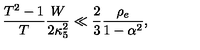
\frac { T ^ { 2 } - 1 } { T } \frac { W } { 2 \kappa _ { 5 } ^ { 2 } } \ll \frac { 2 } { 3 } \frac { \rho _ { e } } { 1 - \alpha ^ { 2 } } ,